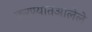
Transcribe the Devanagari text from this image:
करण्यातआलेले